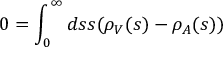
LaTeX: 0 = \int _ { 0 } ^ { \infty } d s s ( \rho _ { V } ( s ) - \rho _ { A } ( s ) )